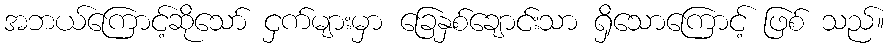
အဘယ်ကြောင့်ဆိုသော် ငှက်များမှာ ခြေနှစ်ချောင်းသာ ရှိသောကြောင့် ဖြစ် သည်။